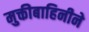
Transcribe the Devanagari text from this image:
मुक्तीबाहिनीने